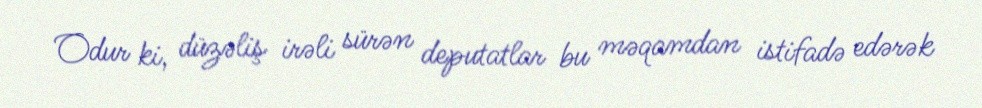
Odur ki, düzəliş irəli sürən deputatlar bu məqamdan istifadə edərək